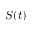
S ( t )